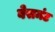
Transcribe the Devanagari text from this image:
बेसमंट